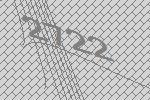
2722